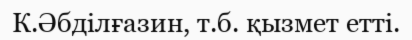
К.Әбділғазин, т.б. қызмет етті.